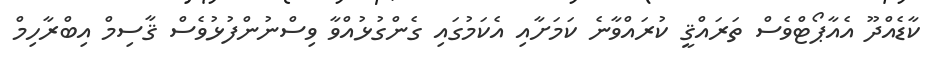
ކާޑެއްދޫ އެއާޕޯޓްވެސް ތަރައްޤީ ކުރައްވާނެ ކަމަށާއި އެކަމުގައި ގެންގުޅުއްވާ ވިސްނުންފުޅުވެސް ޤާސިމް އިބްރާހިމް